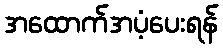
အထောက်အပံ့ပေးရန်